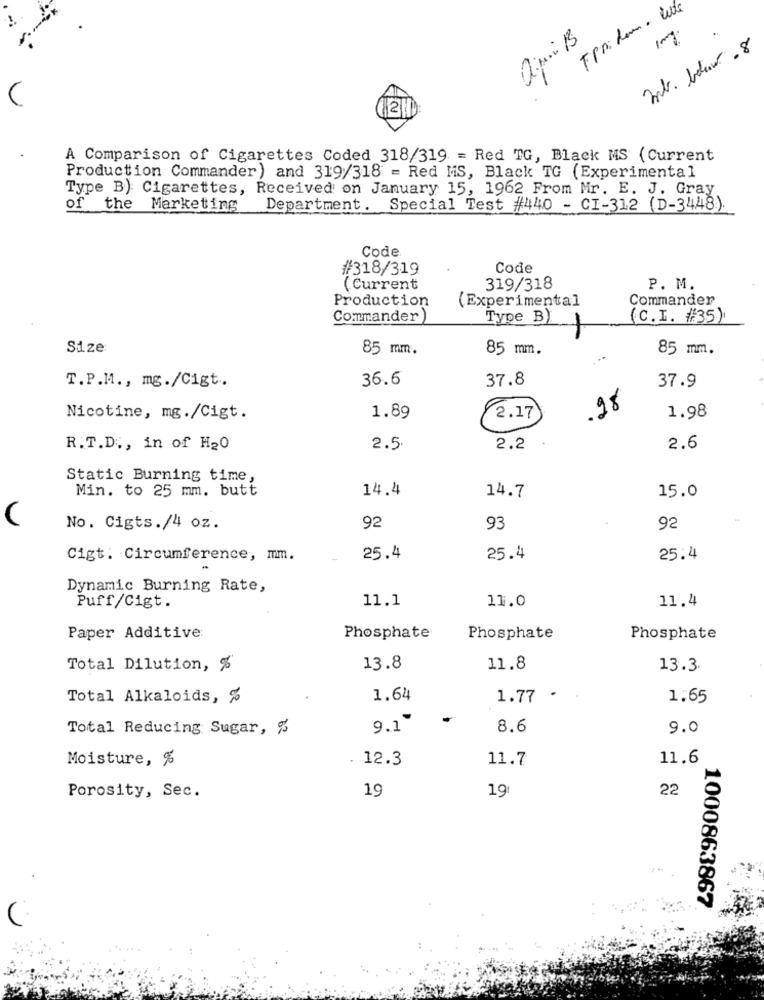
1mg
mb. below - 8
A Comparison of Cigarettes Coded 318/319 = Red TG, Black MS (Current
Production Commander) and 319/318 = Red MS, Black TG (Experimental
Type B) Cigarettes, Received on January 15, 1962 From Mr. E. J. Gray
of the Marketing
Department. Special Test #440 - CI-312 (D-3448).
Code
#318/319
Code
( Current
319/318
P. M.
Production
(Experimental
Commander
Commander)
Type B)
(C.I. #35)
Size
85 mm.
85 mm.
85 mm.
36.6
37.8
T.P.M ., mg./Cigt.
37.9
.28
Nicotine, mg./Cigt.
1.89
2.17
1.98
R.T.D ., in of H20
2.5
2.2
2.6
Static Burning time,
Min. to 25 mm. butt
14.4
15.0
14.7
No. Cigts./4 oz.
92
93
92
Cigt: Circumference, mm.
25.4
25.4
25.4
Dynamic Burning Rate,
11.1
11.0
Puff/Cigt.
11.4
Paper Additive:
Phosphate
Phosphate
Phosphate
Total Dilution, %
13.8
11.8
13.3.
Total Alkaloids, %
1.64
1.77 .
1.65
.
Total Reducing Sugar, %
9.1"
8.6
9.0
Moisture, %
. 12.3
11.7
11.6
19
191
22
Porosity, Sec.
1000863867
(